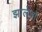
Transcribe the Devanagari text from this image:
झालेलो